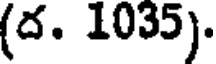
(ద. 1035).